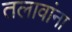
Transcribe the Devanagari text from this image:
तलावांना